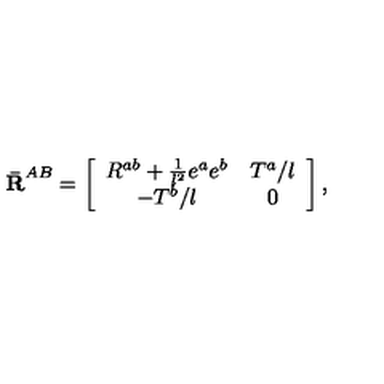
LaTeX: { \bf \bar { R } } ^ { A B } = \left[ \begin{array} { c c } { R ^ { a b } + \frac { 1 } { l ^ { 2 } } e ^ { a } e ^ { b } } & { T ^ { a } / l } \\ { - T ^ { b } / l } & { 0 } \\ \end{array} \right] ,